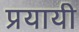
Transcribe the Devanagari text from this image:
प्रयायी